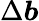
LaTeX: \Delta\boldsymbol{b}